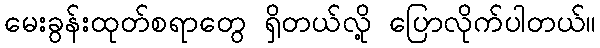
မေးခွန်းထုတ်စရာတွေ ရှိတယ်လို့ ပြောလိုက်ပါတယ်။